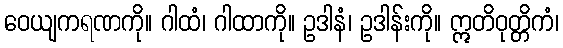
ဝေယျကရဏကို။ ဂါထံ၊ ဂါထာကို။ ဥဒါနံ၊ ဥဒါန်းကို။ ဣတိဝုတ္တိကံ၊